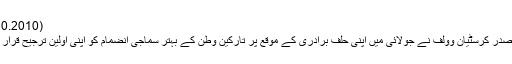
(21.10.2010)
جرمن صدر کرسٹیان وولف نے جولائی میں اپنی حلف برادری کے موقع پر تارکین وطن کے بہتر سماجی انضمام کو اپنی اولین ترجیح قرار دیا تھا۔